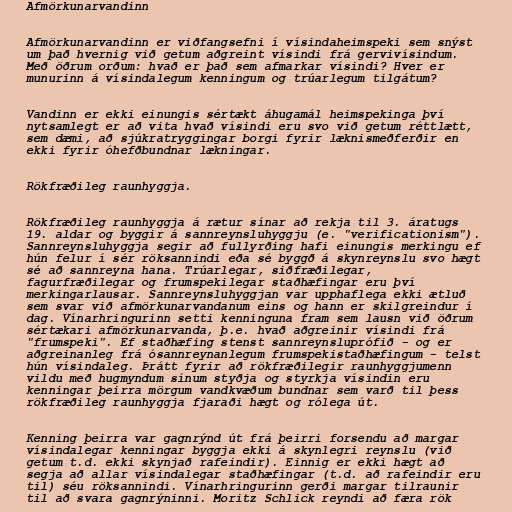
Afmörkunarvandinn

Afmörkunarvandinn er viðfangsefni í vísindaheimspeki sem snýst
um það hvernig við getum aðgreint vísindi frá gervivísindum.
Með öðrum orðum: hvað er það sem afmarkar vísindi? Hver er
munurinn á vísindalegum kenningum og trúarlegum tilgátum?

Vandinn er ekki einungis sértækt áhugamál heimspekinga því
nytsamlegt er að vita hvað vísindi eru svo við getum réttlætt,
sem dæmi, að sjúkratryggingar borgi fyrir læknismeðferðir en
ekki fyrir óhefðbundnar lækningar.

Rökfræðileg raunhyggja.

Rökfræðileg raunhyggja á rætur sínar að rekja til 3. áratugs
19. aldar og byggir á sannreynsluhyggju (e. "verificationism").
Sannreynsluhyggja segir að fullyrðing hafi einungis merkingu ef
hún felur í sér röksannindi eða sé byggð á skynreynslu svo hægt
sé að sannreyna hana. Trúarlegar, siðfræðilegar,
fagurfræðilegar og frumspekilegar staðhæfingar eru því
merkingarlausar. Sannreynsluhyggjan var upphaflega ekki ætluð
sem svar við afmörkunarvandanum eins og hann er skilgreindur í
dag. Vínarhringurinn setti kenninguna fram sem lausn við öðrum
sértækari afmörkunarvanda, þ.e. hvað aðgreinir vísindi frá
"frumspeki". Ef staðhæfing stenst sannreynsluprófið - og er
aðgreinanleg frá ósannreynanlegum frumspekistaðhæfingum - telst
hún vísindaleg. Þrátt fyrir að rökfræðilegir raunhyggjumenn
vildu með hugmyndum sínum styðja og styrkja vísindin eru
kenningar þeirra mörgum vandkvæðum bundnar sem varð til þess
rökfræðileg raunhyggja fjaraði hægt og rólega út.

Kenning þeirra var gagnrýnd út frá þeirri forsendu að margar
vísindalegar kenningar byggja ekki á skynlegri reynslu (við
getum t.d. ekki skynjað rafeindir). Einnig er ekki hægt að
segja að allar vísindalegar staðhæfingar (t.d. að rafeindir eru
til) séu röksannindi. Vínarhringurinn gerði margar tilraunir
til að svara gagnrýninni. Moritz Schlick reyndi að færa rök